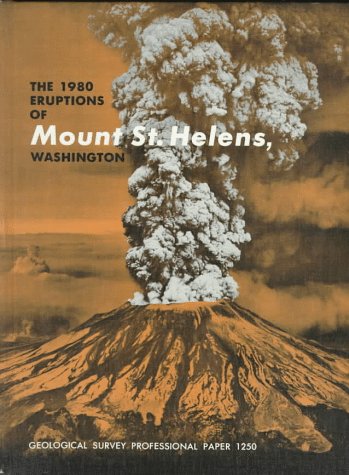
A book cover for The 1980 Eruptions of Mount St. Helens, Washington: Early Results of Studies of Volcanic Events in 1980, Geophysical Monitoring of Activity, and Studi (Geological Survey Professional Paper); Science & Math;